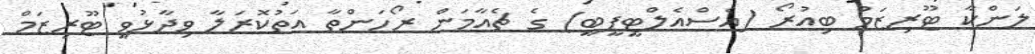
ލަންކާ ޓޫރިޒަމް ބިއުރޯ (އެސްއެލްޓީޕީބީ) ގެ ޗެއާމަން ރޯހަންތާ އަތުކޮރަލާ ވިދާޅުވީ ޓޫރިޒަމް